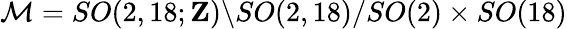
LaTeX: {\cal M}=SO(2,18;{\mathbf Z})\backslash SO(2,18)/SO(2)\times SO(18)